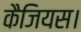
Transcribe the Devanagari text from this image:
कैजियस।